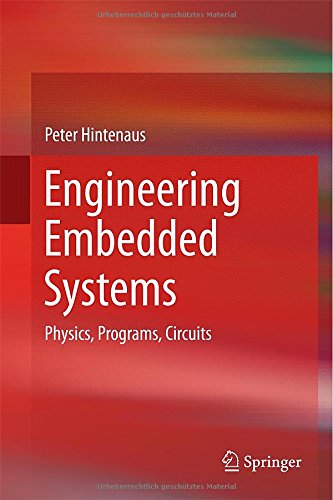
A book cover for Engineering Embedded Systems: Physics, Programs, Circuits; Peter Hintenaus; Computers & Technology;